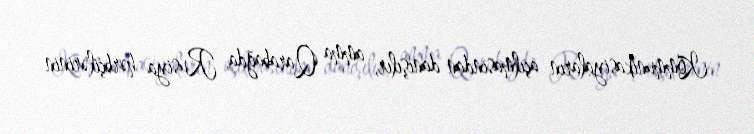
Kommunikasiyaların açılmasından danışılır, amma Qarabağda, Rusiya hərbçilərinin